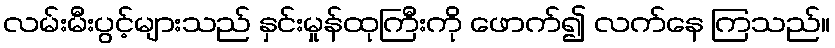
လမ်းမီးပွင့်များသည် နှင်းမှုန်ထုကြီးကို ဖောက်၍ လက်နေ ကြသည်။